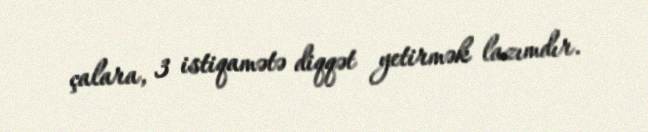
çalara, 3 istiqamətə diqqət yetirmək lazımdır.